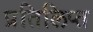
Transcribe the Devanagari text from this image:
प्रतिलिप्त